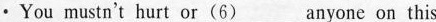
·You mustn't hurt or \underline{（6）}___ anyone on this